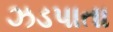
ઝડપાતા